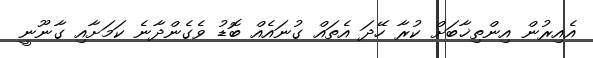
އެއިރުން އިންތިޚާބަށް ކުރާ ހޭދަ އެތައް ގުނައެއް ބޮޑު ވެގެންދާނެ ކަމަށާއި ގާނޫނީ